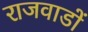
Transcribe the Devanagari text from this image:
राजवाडों